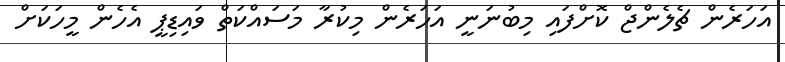
އަހަރެން ޗެލެންޖް ކޮށްފައި މިބުނަނީ އަހަރެން މިކުރާ މަސައްކަތް ވައިޑިޕީ އެހެން މީހަކަށް